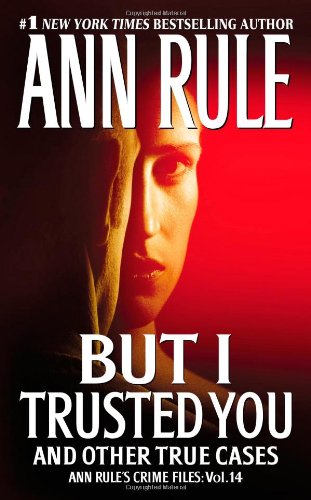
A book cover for But I Trusted You: Ann Rule's Crime Files #14; Ann Rule; Biographies & Memoirs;